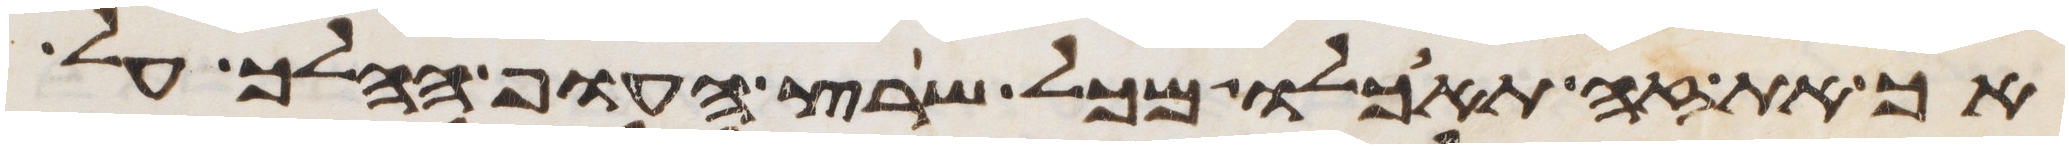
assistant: אך את זה תאכלו מכל שרץ העוף ההלך על